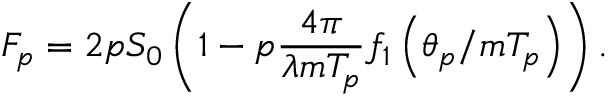
F _ { p } = 2 p S _ { 0 } \left( 1 - p \frac { 4 \pi } { \lambda m T _ { p } } f _ { 1 } \left( \theta _ { p } / m T _ { p } \right) \right) .